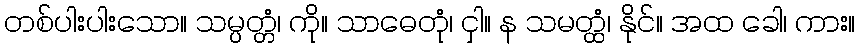
တစ်ပါးပါးသော။ သမ္ပတ္တံ၊ ကို။ သာဓေတုံ၊ ငှါ။ န သမတ္ထံ၊ နိုင်။ အထ ခေါ၊ ကား။